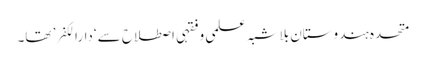
متحدہ ہندوستان بلاشبہ علمی و فقہی اصطلاح سے ‘دارالکفر’ تھا۔